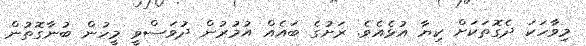
މިވާހަކަ ދެގޮތަކަށް ކިޔާ އުޅެއެވެ. ރަށުގެ ބައެއް އުމުރުން ދުވަސްވީ މީހުން ބުނާގޮތުން